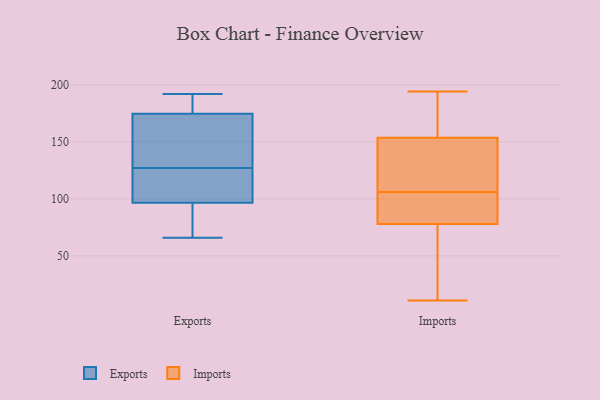
{"axis": {"x": "Active Users", "y": "Value"}, "legend": ["Exports", "Imports"], "data": [{"x": "", "y": 163, "type": "Exports"}, {"x": "", "y": 66, "type": "Exports"}, {"x": "", "y": 127, "type": "Exports"}, {"x": "", "y": 104, "type": "Exports"}, {"x": "", "y": 151, "type": "Exports"}, {"x": "", "y": 75, "type": "Exports"}, {"x": "", "y": 183, "type": "Exports"}, {"x": "", "y": 192, "type": "Exports"}, {"x": "", "y": 164, "type": "Exports"}, {"x": "", "y": 106, "type": "Exports"}, {"x": "", "y": 94, "type": "Exports"}, {"x": "", "y": 178, "type": "Exports"}, {"x": "", "y": 189, "type": "Exports"}, {"x": "", "y": 84, "type": "Exports"}, {"x": "", "y": 106, "type": "Exports"}, {"x": "", "y": 66, "type": "Imports"}, {"x": "", "y": 123, "type": "Imports"}, {"x": "", "y": 148, "type": "Imports"}, {"x": "", "y": 106, "type": "Imports"}, {"x": "", "y": 11, "type": "Imports"}, {"x": "", "y": 107, "type": "Imports"}, {"x": "", "y": 194, "type": "Imports"}, {"x": "", "y": 85, "type": "Imports"}, {"x": "", "y": 170, "type": "Imports"}, {"x": "", "y": 82, "type": "Imports"}, {"x": "", "y": 101, "type": "Imports"}, {"x": "", "y": 187, "type": "Imports"}, {"x": "", "y": 49, "type": "Imports"}]}